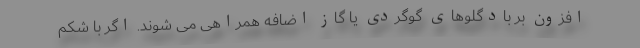
افزون بر بادگلوهای گوگردی یا گاز اضافه همراهی می شوند. اگر با شکم